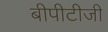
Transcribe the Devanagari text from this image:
बीपीटीजी